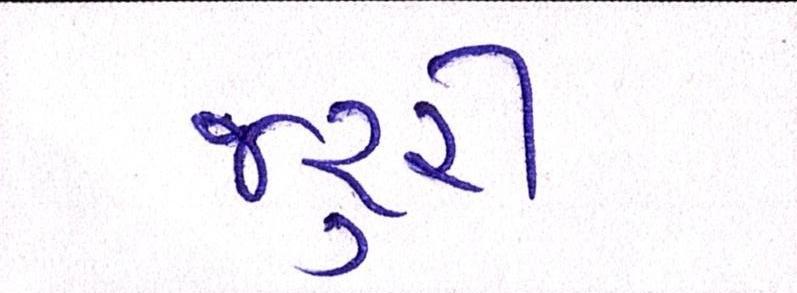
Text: જરૃરી